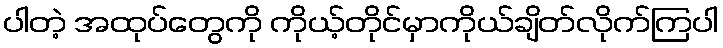
ပါတဲ့ အထုပ်တွေကို ကိုယ့်တိုင်မှာကိုယ်ချိတ်လိုက်ကြပါ